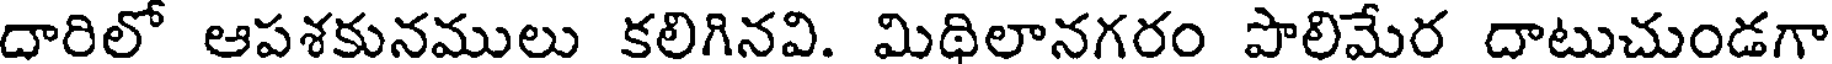
దారిలో ఆపశకునములు కలిగినవి. మిథిలానగరం పాలిమేర దాటుచుండగా